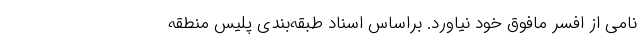
نامی از افسر مافوق خود نیاورد. براساس اسناد طبقه‌بندی پلیس منطقه